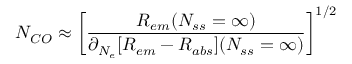
N _ { C O } \approx \bigg [ \frac { R _ { e m } ( N _ { s s } = \infty ) } { \partial _ { N _ { e } } [ R _ { e m } - R _ { a b s } ] ( N _ { s s } = \infty ) } \bigg ] ^ { 1 / 2 }